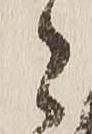
々